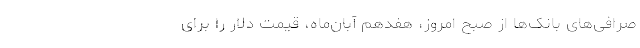
صرافی‌های بانک‌ها از صبح امروز، هفدهم آبان‌ماه، قیمت دلار را برای